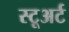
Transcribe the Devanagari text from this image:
स्टूअर्ट